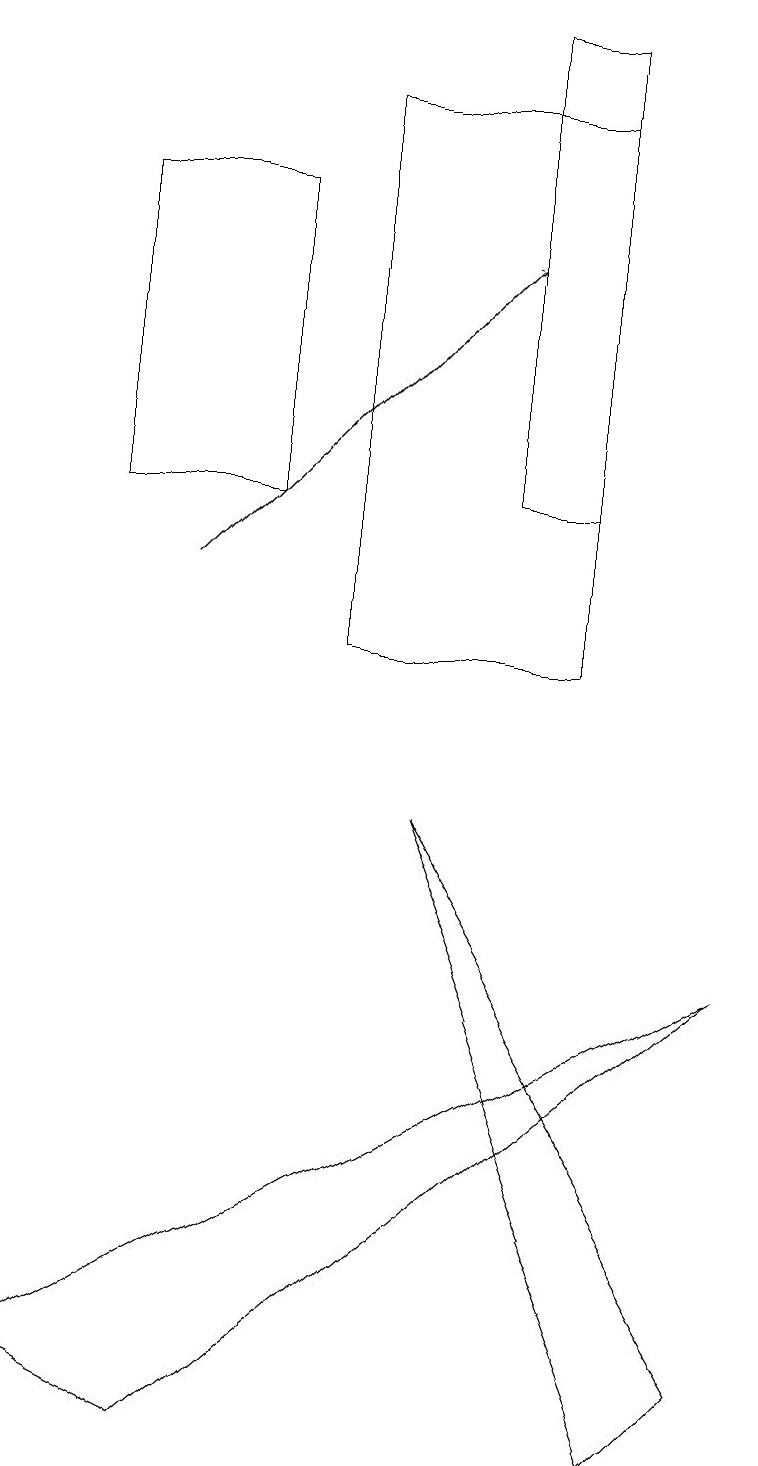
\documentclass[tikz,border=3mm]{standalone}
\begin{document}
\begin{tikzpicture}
\draw (6,12) rectangle (7,18);
\draw (7,17) rectangle (4,10);
\draw (9,1) -- (5,8) -- (8,0) -- cycle;
\draw[->] (2,11) -- (6,15);
\draw (2,0) -- (0,1) -- (9,6) -- cycle;
\draw (3,16) rectangle (1,12);
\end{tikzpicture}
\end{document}